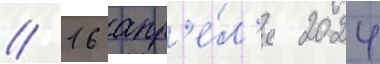
// 16 апр'е́л'я 2024